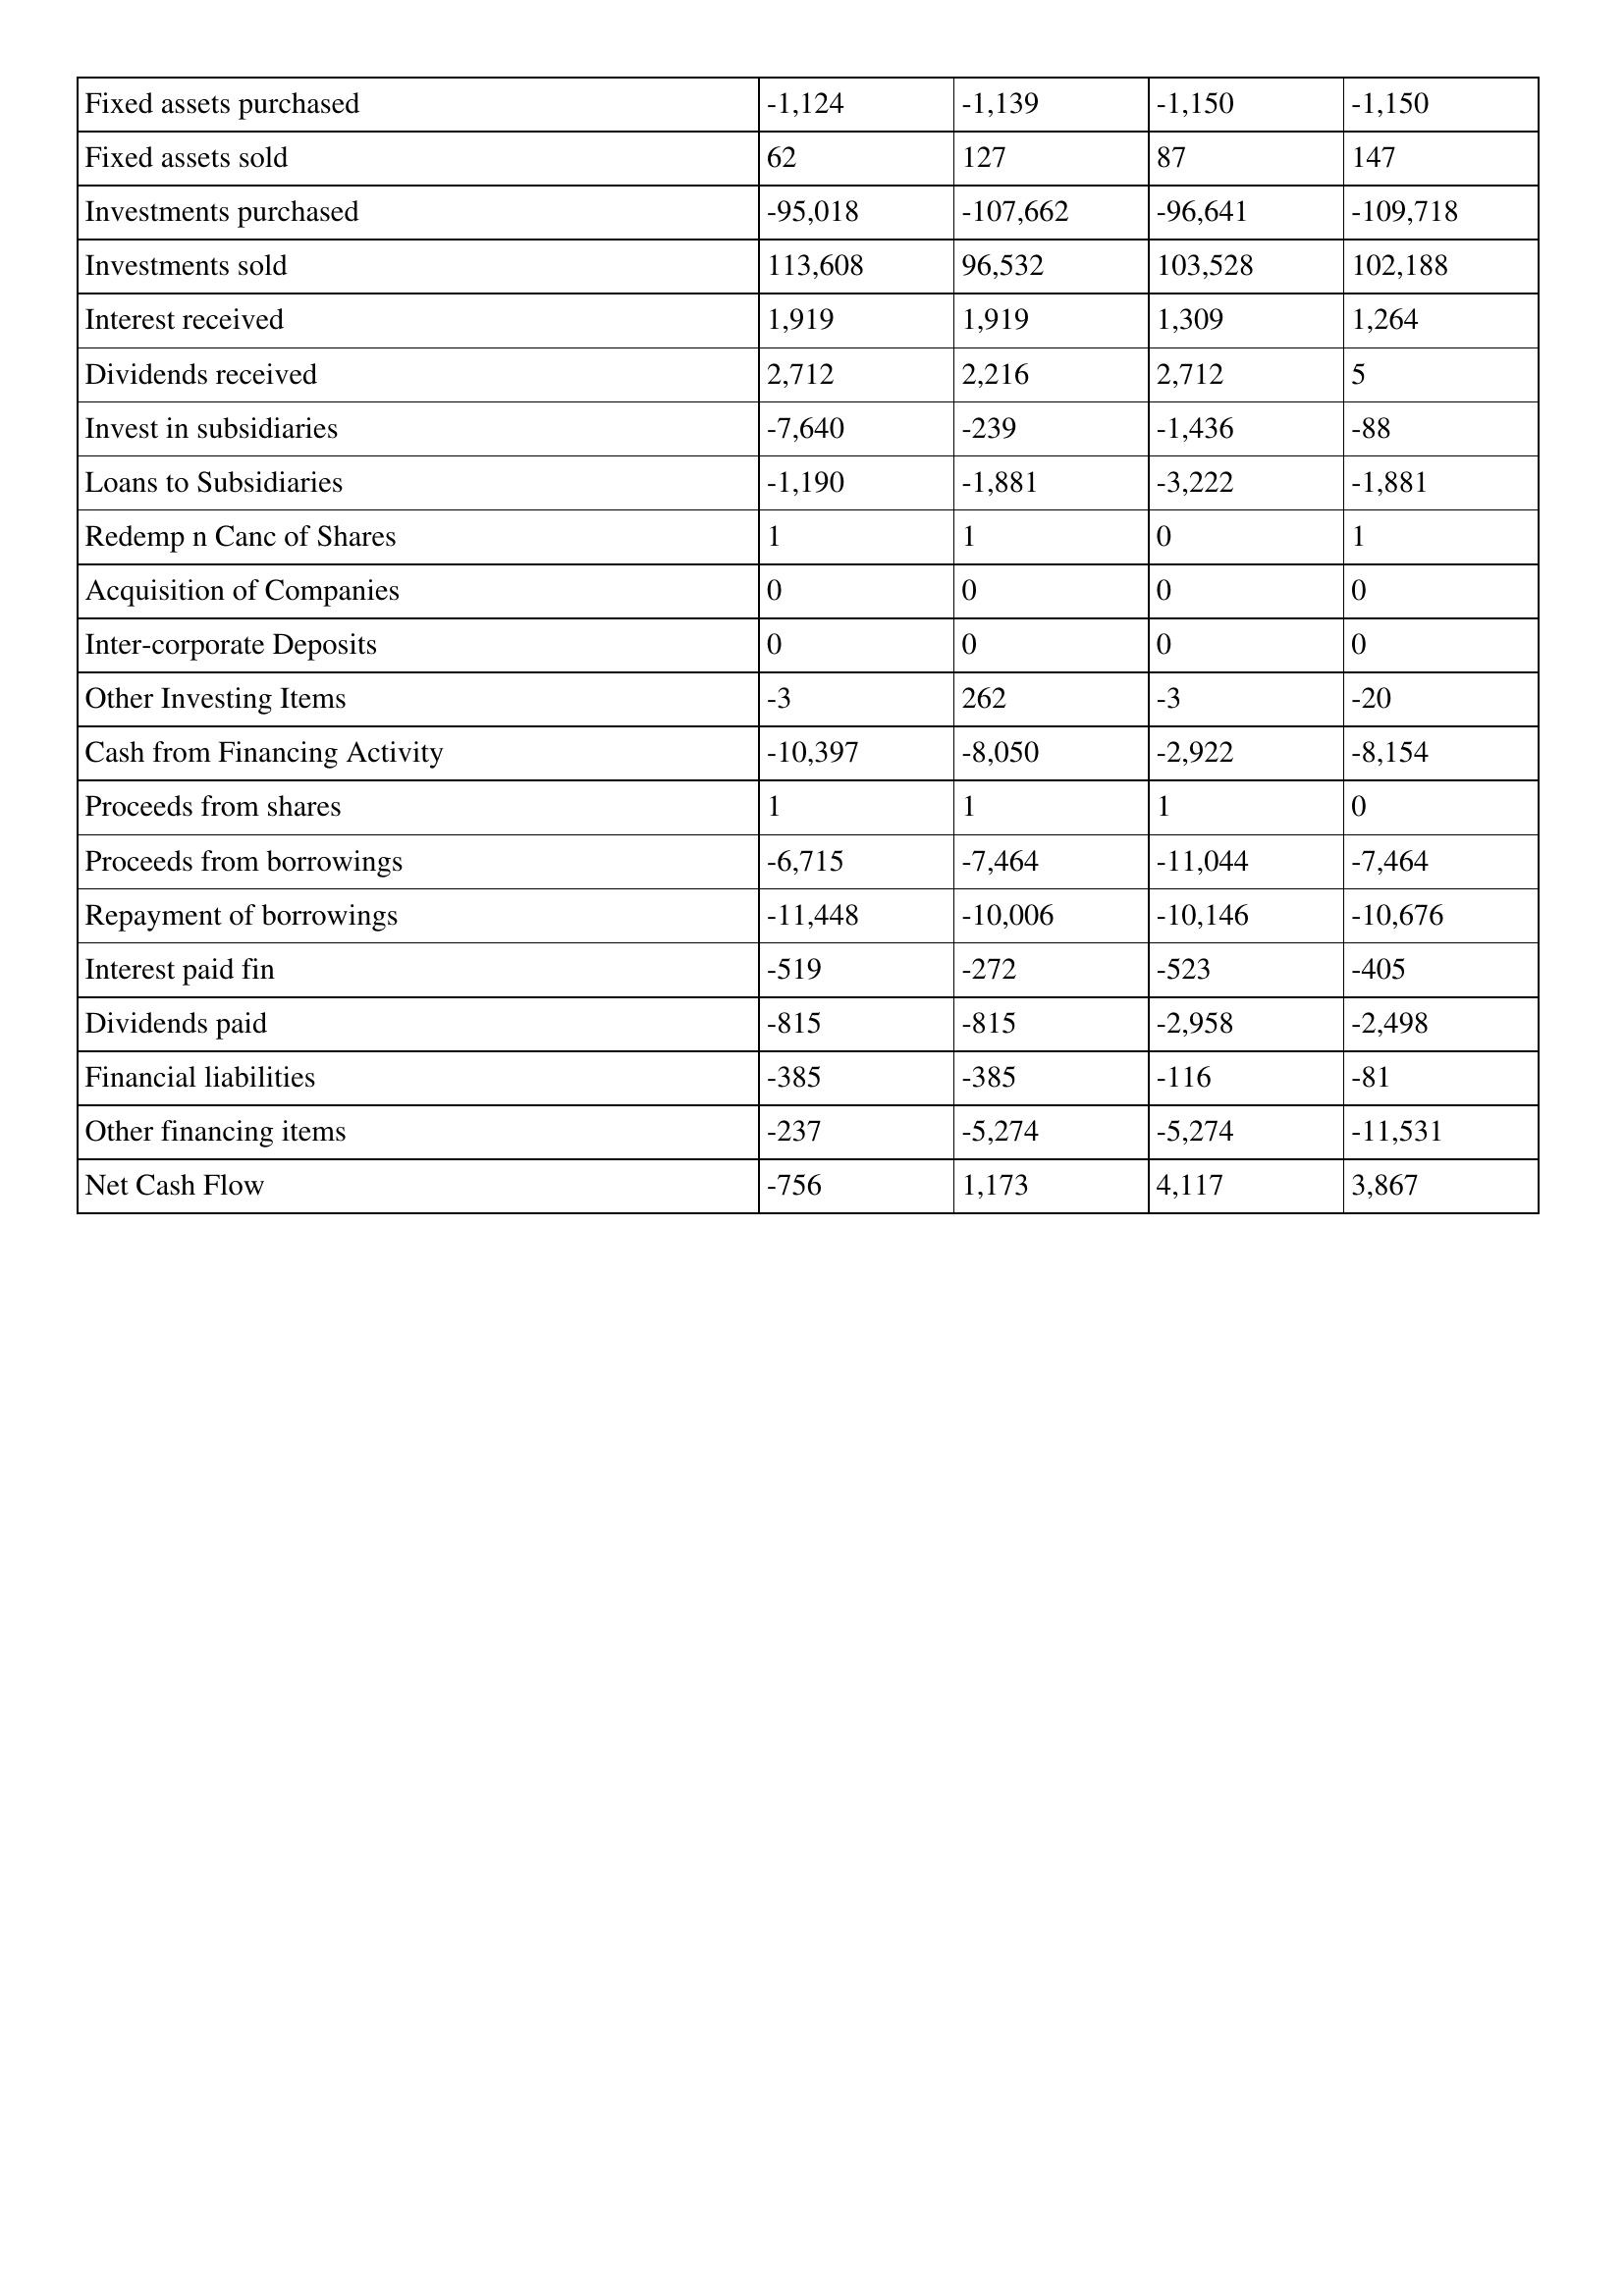
gt_parse: 2013: Cash Flows: Fixed assets purchased: -1,124
Fixed assets sold: 62
Investments purchased: -95,018
Investments sold: 113,608
Interest received: 1,919
Dividends received: 2,712
Invest in subsidiaries: -7,640
Loans to Subsidiaries: -1,190
Redemp n Canc of Shares: 1
Acquisition of Companies: 0
Inter-corporate Deposits: 0
Other Investing Items: -3
Cash from Financing Activity: -10,397
Proceeds from shares: 1
Proceeds from borrowings: -6,715
Repayment of borrowings: -11,448
Interest paid fin: -519
Dividends paid: -815
Financial liabilities: -385
Other financing items: -237
Net Cash Flow: -756
2012: Cash Flows: Fixed assets purchased: -1,139
Fixed assets sold: 127
Investments purchased: -107,662
Investments sold: 96,532
Interest received: 1,919
Dividends received: 2,216
Invest in subsidiaries: -239
Loans to Subsidiaries: -1,881
Redemp n Canc of Shares: 1
Acquisition of Companies: 0
Inter-corporate Deposits: 0
Other Investing Items: 262
Cash from Financing Activity: -8,050
Proceeds from shares: 1
Proceeds from borrowings: -7,464
Repayment of borrowings: -10,006
Interest paid fin: -272
Dividends paid: -815
Financial liabilities: -385
Other financing items: -5,274
Net Cash Flow: 1,173
2011: Cash Flows: Fixed assets purchased: -1,150
Fixed assets sold: 87
Investments purchased: -96,641
Investments sold: 103,528
Interest received: 1,309
Dividends received: 2,712
Invest in subsidiaries: -1,436
Loans to Subsidiaries: -3,222
Redemp n Canc of Shares: 0
Acquisition of Companies: 0
Inter-corporate Deposits: 0
Other Investing Items: -3
Cash from Financing Activity: -2,922
Proceeds from shares: 1
Proceeds from borrowings: -11,044
Repayment of borrowings: -10,146
Interest paid fin: -523
Dividends paid: -2,958
Financial liabilities: -116
Other financing items: -5,274
Net Cash Flow: 4,117
2010: Cash Flows: Fixed assets purchased: -1,150
Fixed assets sold: 147
Investments purchased: -109,718
Investments sold: 102,188
Interest received: 1,264
Dividends received: 5
Invest in subsidiaries: -88
Loans to Subsidiaries: -1,881
Redemp n Canc of Shares: 1
Acquisition of Companies: 0
Inter-corporate Deposits: 0
Other Investing Items: -20
Cash from Financing Activity: -8,154
Proceeds from shares: 0
Proceeds from borrowings: -7,464
Repayment of borrowings: -10,676
Interest paid fin: -405
Dividends paid: -2,498
Financial liabilities: -81
Other financing items: -11,531
Net Cash Flow: 3,867